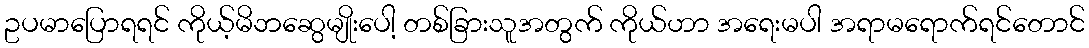
ဥပမာပြောရရင် ကိုယ့်မိဘဆွေမျိုးပေါ့ တစ်ခြားသူအတွက် ကိုယ်ဟာ အရေးမပါ အရာမရောက်ရင်တောင်